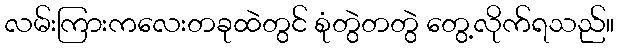
လမ်းကြားကလေးတခုထဲတွင် စုံတွဲတတွဲ တွေ့လိုက်ရသည်။